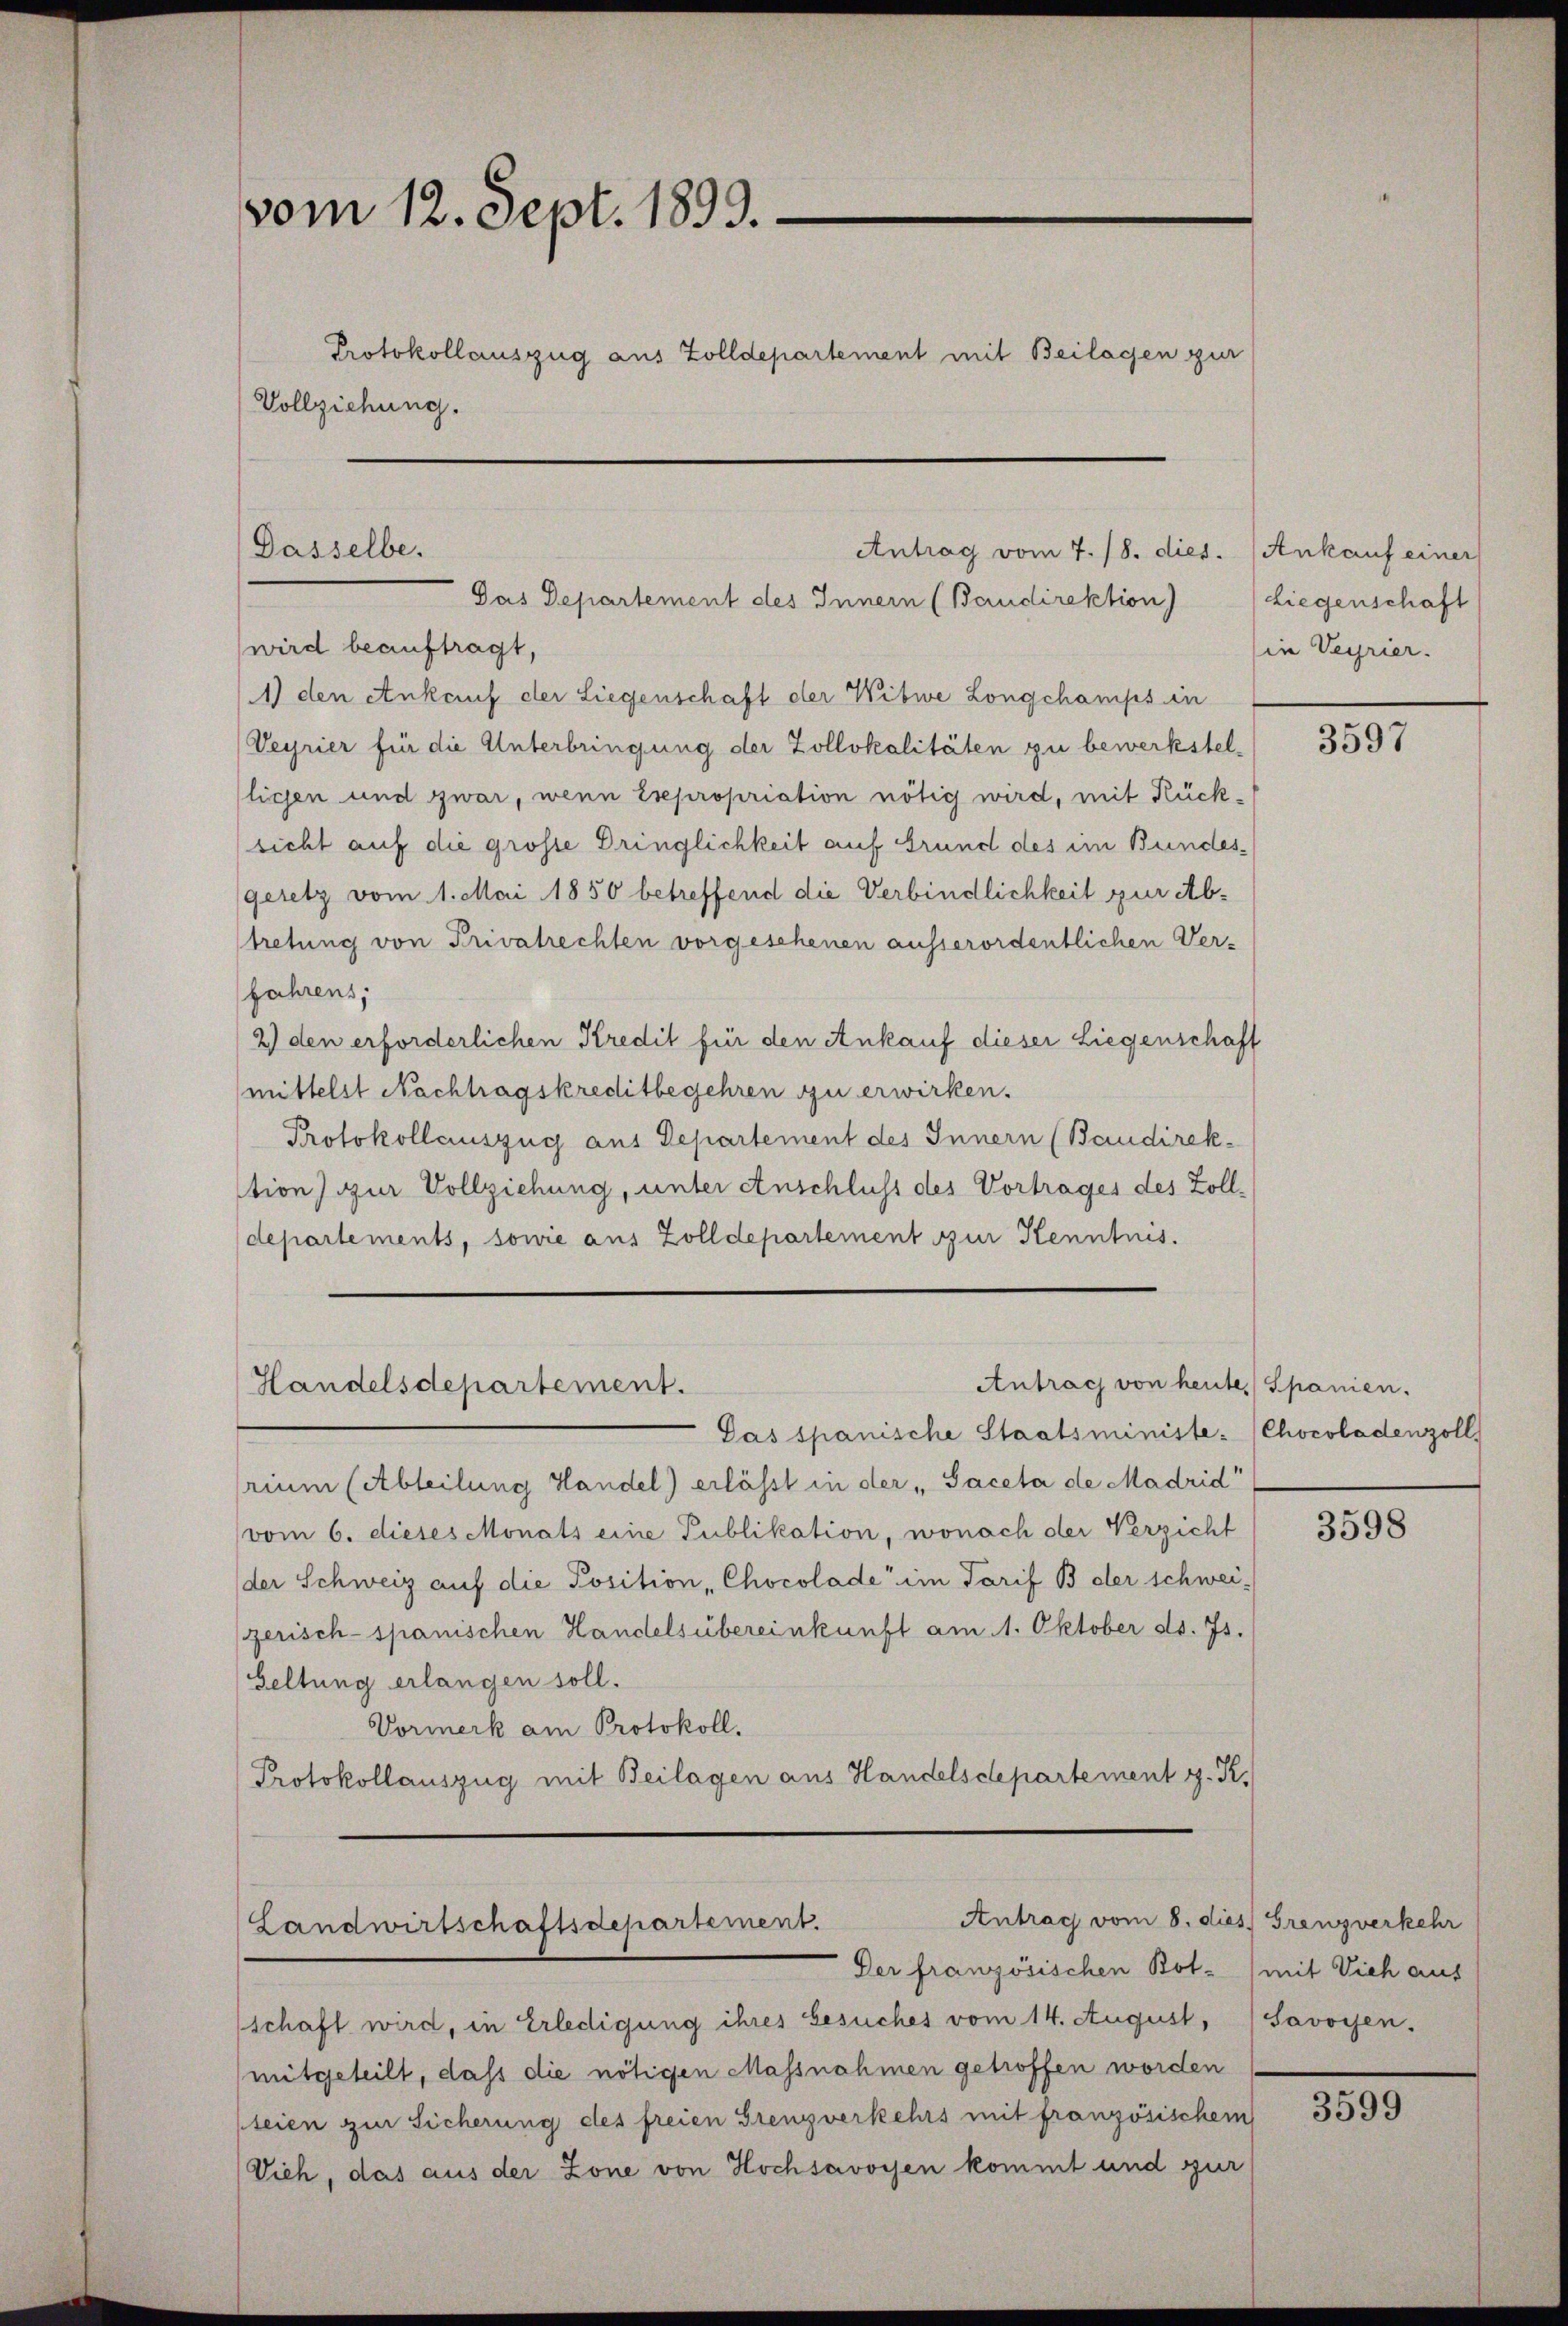
vom 12. Sept. 1893.
Vollziehung.

Dasselbe.

Handelsdepartement.

Protokollauszug aus Zolldepartement mit Beilagen zur

Antrag vom 7. 18. dies.
Das Departement des Innern (Baudirektion)

wird beauftragt,
1) den Ankauf der Liegenschaft der Witwe Longchamps in
Veyrier für die Unterbringung der Zollokalitäten zu bewerkstellichen und zwar, wenn Esepropriation nötig wird, mit Rücksicht auf die grosse Dringlichkeit auf Grund des im Bundesgeretz vom 1. Mai 1850 betreffend die Verbindlichkeit zur Abtretung von Privatrechten vorgesehenen ausserordentlichen Ver-
fahrens,
2) den erforderlichen Kredit für den Ankauf dieser Liegenschaft
mittelst Nachtragskreditbegehren zu erwirken.
Protokollauszug aus Departement des Innern (Baudirek-
stion) zur Vollziehung, unter Anschluss des Vortrages des Zolldepartements, sowie aus Zolldepartement zur Kenntnis.
Antrag von heute Spanien.
Das spanische Staatsministe-
rium (Abteilung Handel) erlässt in der „Saceta de Madrid
vom 6. dieses Monats eine Publikation, wonach der Verzicht
der Schweiz auf die Position Chocolade im Tarif B der schwei-
zerisch-spanischen Handelsübereinkunft am 1. Oktober ds. 75.
Geltung erlangen soll.
Vormerk am Protokoll.
Protokollauszug mit Beilagen aus Handelsdepartement z. K.
Antrag vom 8. dies Grenzverkehr
Landwirtschaftsdepartement.
Der französischen Bot. (mit Vieh aus
schaft wird, in Erledigung ihres besuches vom 14. August, Savoyen.
mitgeteilt, dass die nötigen Massnahmen getroffen worden
teien zur Sicherung des freien Grenzverkehrs mit französischem
Vieh, das aus der Zone von Hochsavoyen kommt und zur

Ankauf einer
Liegenschaft
in Verrier.

3597

Chocoladenzoll

3598

3599